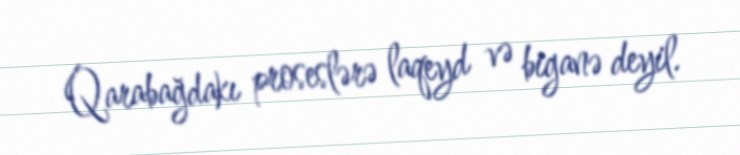
Qarabağdakı proseslərə laqeyd və biganə deyil.